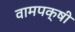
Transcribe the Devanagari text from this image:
वामपक्षी